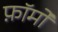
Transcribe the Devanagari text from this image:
फ़ॉर्मों